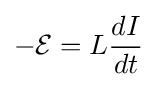
-{\mathcal {E}}=L{\frac {dI}{dt}}